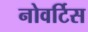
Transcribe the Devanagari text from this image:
नोवर्टिस